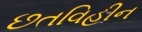
છતવિહીન